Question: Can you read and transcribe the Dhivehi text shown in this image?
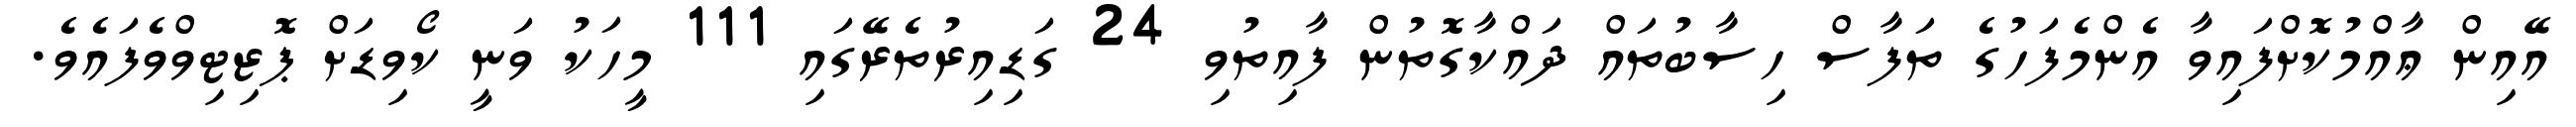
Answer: އޭއިން ޢާއްމުކޮށްފައިވާ އެންމެފަހުގެ ތަފާސް ހިސާބުތައް ދައްކާގޮތުން ފާއިތުވި 24 ގަޑިއިރުތެރޭގައި 111 މީހަކު ވަނީ ކޯވިޑަށް ޕޮޒިޓިވްވެފައެވެ.